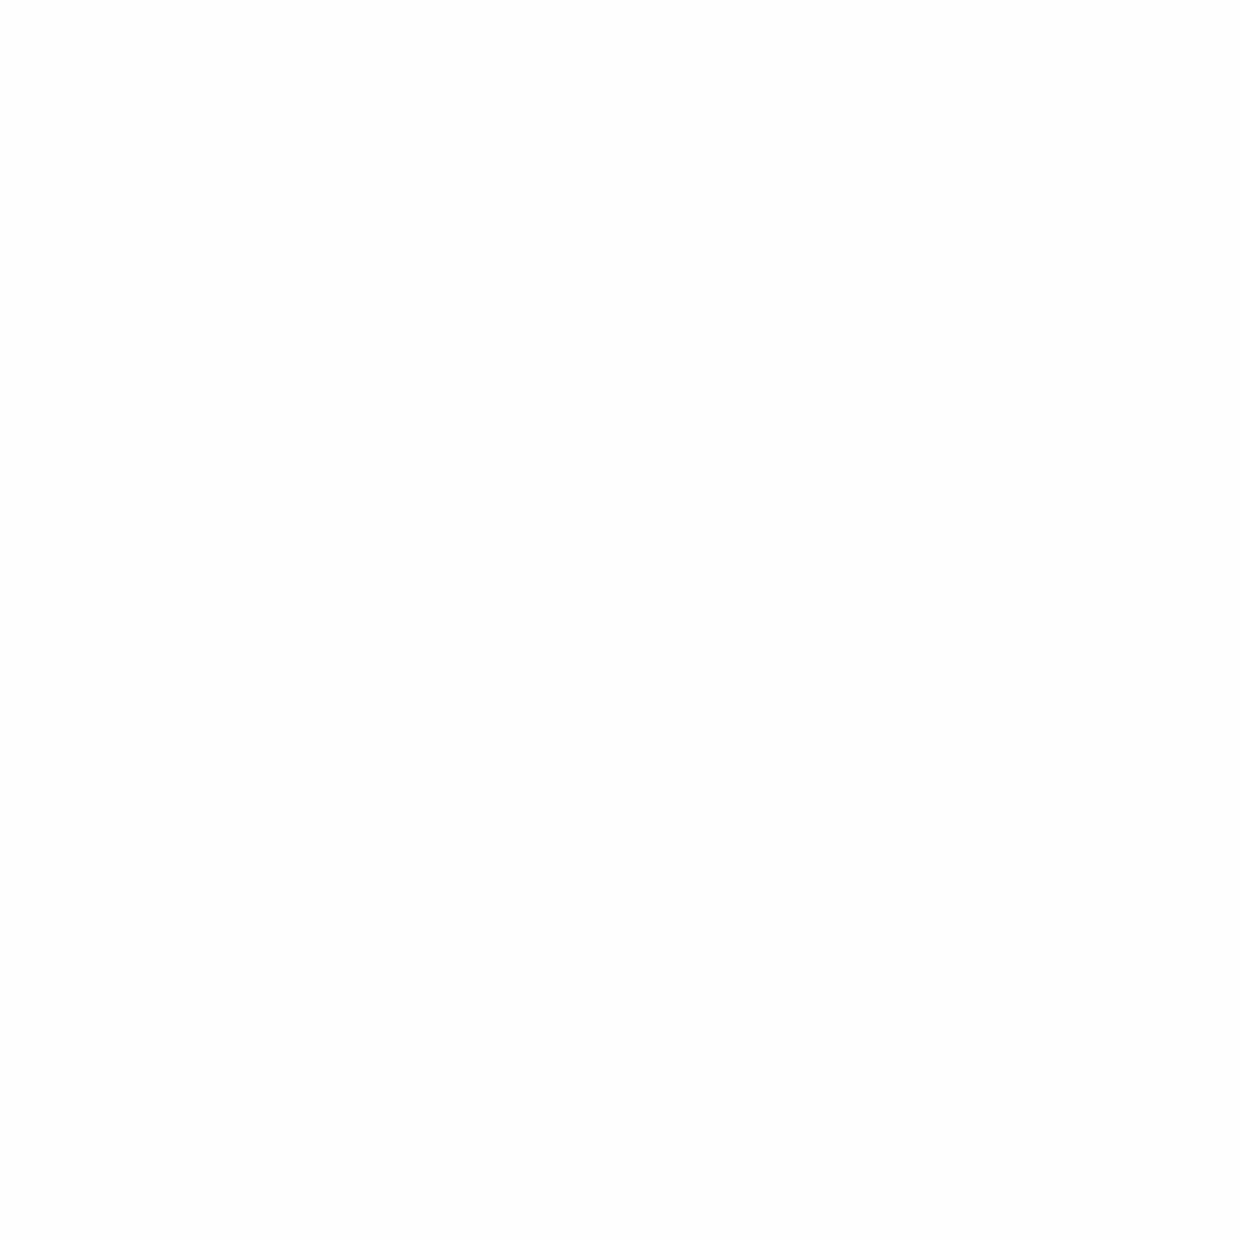
プログラム                                             13th FraunhoFer SympoSium
 9:20 a.m. 開会の辞                           1:40 p.m. three-dimensional Shape measurement using
 三木英哉  (フラウンホーファー日本代表部)                   multi-channel VcSeL array
 9:30 a.m. 歓迎の辞                                  下川達也、三宮俊   (株式会社リコー)
 小谷元子  (東北大学大学院理学研究科教授   、材料
 科学高等研究所長、日本学術会議会員)                2:10 p.m. 3d-printing and System integration of polymer
 江刺正喜  (東北大学 マイクロシステム融合研究開                based optics for advanced illumination
 発センター教授)                                 applications
 Dr. Erik Beckert, Fraunhofer IOF
 9:40 a.m. Smart Systems for industry 4.0 2:40 p.m. collaboration between mathematical Science
 Prof. Thomas Otto, Fraunhofer ENAS       and clinical medicine
 10:10 a.m. proposal and Social implementation of edge 水藤寛 (東北大学 教授
 heavy Sensing Framework Based on micro- 3:10 p.m. Fraunhofer Lighthouse project »theranostic
 technology in the ai era                 implants« Focus on active implants, memS,
 室山真徳  (東北大学 准教授)                         organ on a chip
 10:40 a.m. 休憩                                   Dr. Thomas Velten, Fraunhofer IBMT
 3:40 p.m. 休憩
 11:10 a.m. Building digital ecosystems: the industry 4.0
 reference Software platform       4:10 p.m. open collaboration based on Sharing Facility
 Dr. Jens Heidrich, Fraunhofer IESE       for memS
 11:40 a.m. micro/nanomechanical Systems for     戸津健太郎  (東北大学 准教授)、 森山雅昭 (東北
 ultrasensitive Sensing                   大学)、江刺正喜  (東北大学 教授)
 小野崇人  (東北大学 教授)                   4:40 p.m. research Fab microelectronics Germany
 12:10 p.m. development of Biodegradable electronic Joerg Amelung, FMD
 components using printing technologies 5:10 p.m. industry-relevant research and development in
 Dr. Maik Wiemer, Fraunhofer ENAS         S. tanaka Laboratory
 12:40 p.m. 昼食                                   田中秀治  (東北大学 教授)
 6:00 p.m. 懇親会